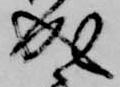
成